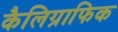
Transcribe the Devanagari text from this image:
कैलिग्राफिक